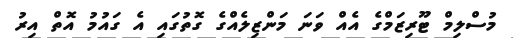
މުސްލިމް ޓޫރިޒަމްގެ އެއް ވަނަ މަންޒިލެއްގެ ގޮތުގައި އެ ގައުމު އޮތް އިރު